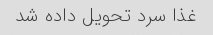
غذا سرد تحویل داده شد